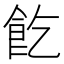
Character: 䬣